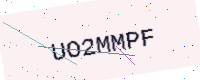
Text: UO2MMPF